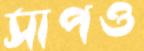
সাপও